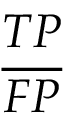
\frac { T P } { F P }